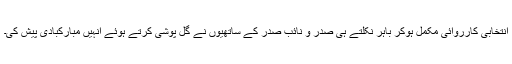
انتخابی کارروائی مکمل ہوکر باہر نکلتے ہی صدر و نائب صدر کے ساتھیوں نے گل پوشی کرتے ہوئے انہیں مبارکبادی پیش کی۔